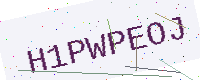
Text: H1PWPEOJ